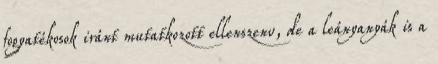
fogyatékosok iránt mutatkozott ellenszenv, de a leányanyák is a